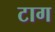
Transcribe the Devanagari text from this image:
टाग